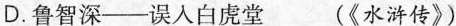
D.鲁智深——误入白虎堂 (《水浒传》)